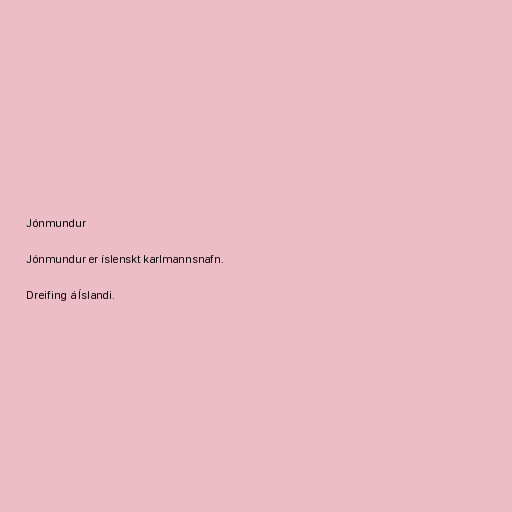
Jónmundur

Jónmundur er íslenskt karlmannsnafn.

Dreifing á Íslandi.